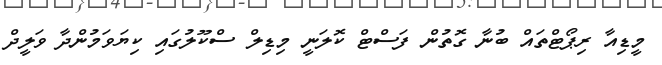
މީޑިއާ ރިޕޯޓްތައް ބުނާ ގޮތުން ފަސްޓް ކޮލަނީ މިޑިލް ސްކޫލުގައި ކިޔަވަމުންދާ ވަލީދް